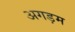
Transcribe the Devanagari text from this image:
अगड़म